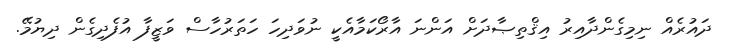
ދައުރެއް ނިމިގެންދާއިރު އިޤްތިޞާދަށް އަންނަ އާރޯކަމާއެކީ ނުވަދިހަ ހަތަރުހާސް ވަޒީފާ އުފެދިގެން ދިޔުމޭ.